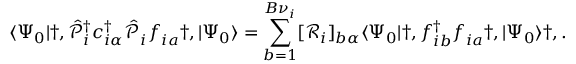
\langle \Psi _ { 0 } | \dag , \hat { \mathcal { P } } _ { i } ^ { { \dagger } } c _ { i \alpha } ^ { \dagger } \hat { \mathcal { P } } _ { i } ^ { \phantom { \dagger } } f _ { i a } ^ { \phantom { \dagger } } \dag , | \Psi _ { 0 } \rangle = \sum _ { b = 1 } ^ { B { \nu } _ { i } } [ \mathcal { R } _ { i } ] _ { b \alpha } \langle \Psi _ { 0 } | \dag , f _ { i b } ^ { \dagger } f _ { i a } ^ { \phantom { \dagger } } \dag , | \Psi _ { 0 } \rangle \dag , .